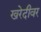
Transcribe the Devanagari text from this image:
खरेदीवर